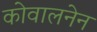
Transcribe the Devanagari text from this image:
कोवालनेन